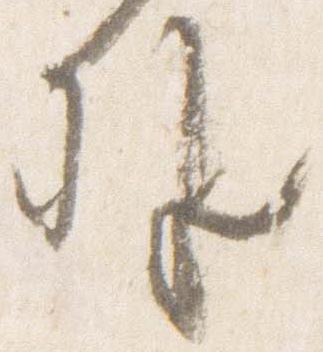
外